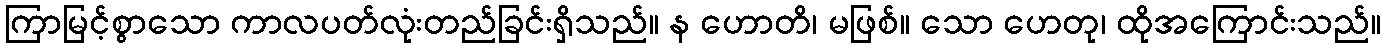
ကြာမြင့်စွာသော ကာလပတ်လုံးတည်ခြင်းရှိသည်။ န ဟောတိ၊ မဖြစ်။ သော ဟေတု၊ ထိုအကြောင်းသည်။